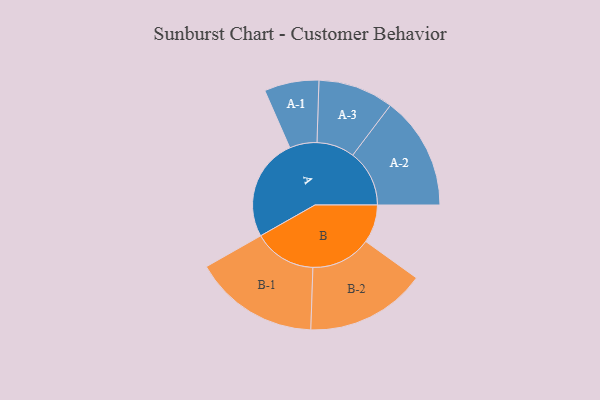
{"axis": {"x": "Segment", "y": "Value"}, "legend": ["", "A", "B"], "data": [{"x": "A", "y": 462, "type": ""}, {"x": "B", "y": 172, "type": ""}, {"x": "A-1", "y": 123, "type": "A"}, {"x": "A-2", "y": 255, "type": "A"}, {"x": "A-3", "y": 170, "type": "A"}, {"x": "B-1", "y": 282, "type": "B"}, {"x": "B-2", "y": 271, "type": "B"}]}